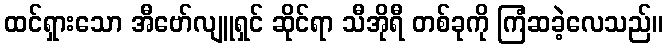
ထင်ရှားသော အီဗော်လျူရှင် ဆိုင်ရာ သီအိုရီ တစ်ခုကို ကြံဆခဲ့လေသည်။